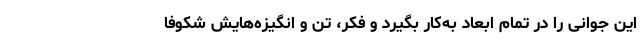
این جوانی را در تمام ابعاد به‌کار بگیرد و فکر، تن و انگیزه‌هایش شکوفا